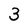
Character: 3